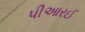
પીઆરઈ